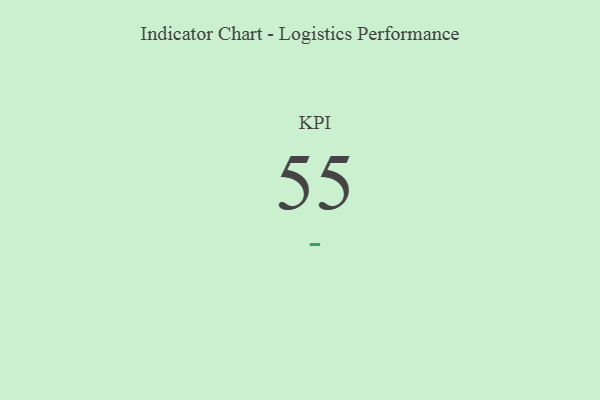
{"axis": {"x": "KPI", "y": "Value"}, "legend": [""], "data": [{"x": "KPI", "y": 55, "type": ""}]}